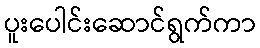
ပူးပေါင်းဆောင်ရွက်ကာ